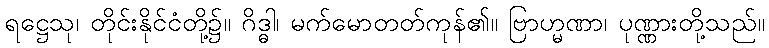
ရဋ္ဌေသု၊ တိုင်းနိုင်ငံတို့၌။ ဂိဒ္ဓါ၊ မက်မောတတ်ကုန်၏။ ဗြာဟ္မဏာ၊ ပုဏ္ဏားတို့သည်။